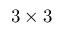
3 \times 3